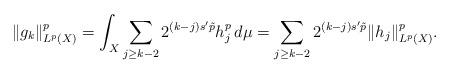
LaTeX: \begin{align*}\|g_k\|_{L^p(X)}^p &= \int_X \sum_{j \ge k-2} 2^{(k-j)s'\tilde p} h_j^p\,d\mu = \sum_{j \ge k-2} 2^{(k-j)s'\tilde p} \|h_j\|_{L^p(X)}^p.\end{align*}